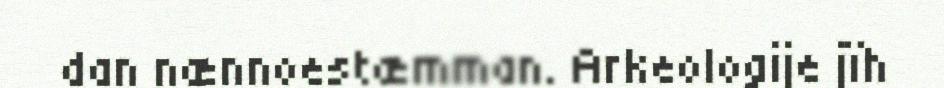
dan nænnoestæmman. Arkeologije jïh